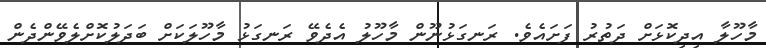
މާހޫލާ އިދިކޮޅަށް ދަތުރު ފަށައެވެ. ރަނގަޅުނޫން މާހޫލު އެދެވޭ ރަނގަޅު މާހޫލަކަށް ބަދަލުކޮށްލެވޭންދެން